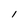
Character: I